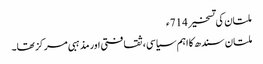
ملتان کی تسخیر 714ء
ملتان سندھ کا اہم سیاسی، ثقافتی اور مذہبی مرکز تھا۔